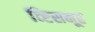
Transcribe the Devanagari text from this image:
व्ष्टिसमूह